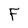
Character: F